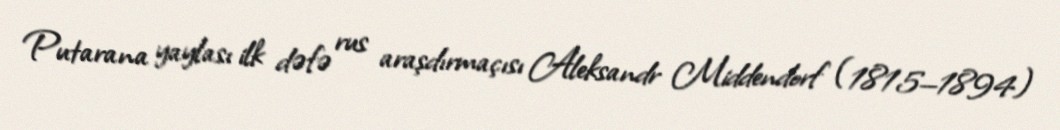
Putarana yaylası ilk dəfə rus araşdırmaçısı Aleksandr Middendorf (1815—1894)